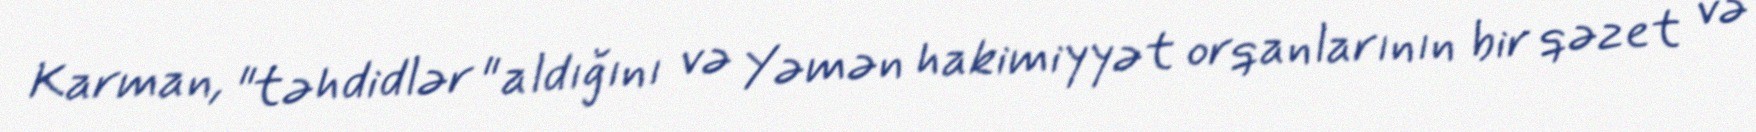
Karman, "təhdidlər " aldığını və Yəmən hakimiyyət orqanlarının bir qəzet və